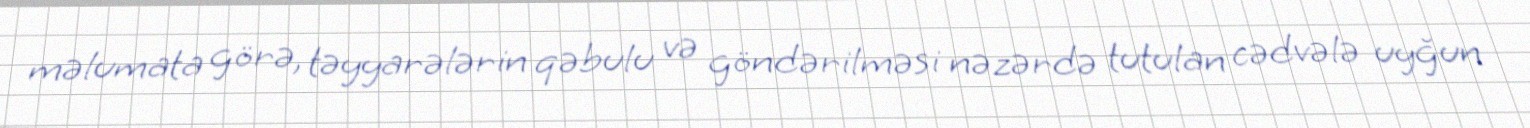
məlumata görə, təyyarələrin qəbulu və göndərilməsi nəzərdə tutulan cədvələ uyğun